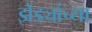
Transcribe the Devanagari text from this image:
झेंड्यांच्या